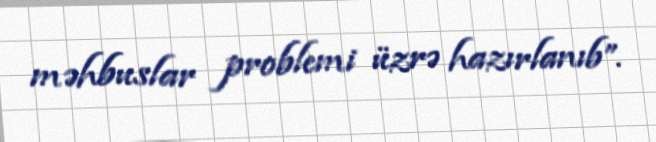
məhbuslar problemi üzrə hazırlanıb”.